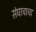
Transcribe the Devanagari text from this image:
संघाचाचा